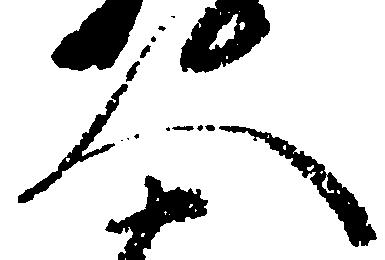
人